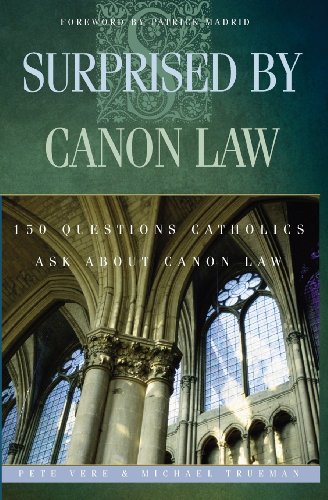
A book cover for Surprised by Canon Law: 150 Questions Catholics Ask about Canon Law; Pete Vere; Christian Books & Bibles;